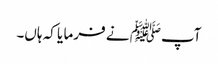
آپﷺ نے فرما یا کہ ہاں۔